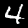
Digit: 4